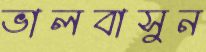
ভালবাসুন